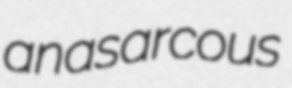
anasarcous